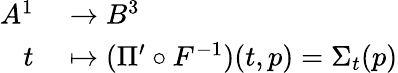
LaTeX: \begin{array}{rl}{A^{1}}&{{}\to B^{3}}\\ {t}&{{}\mapsto(\Pi^{\prime}\circ F^{-1})(t,p)=\Sigma_{t}(p)}\end{array}